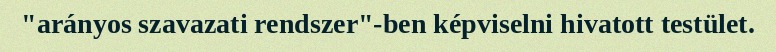
"arányos szavazati rendszer"-ben képviselni hivatott testület.